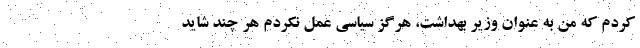
کردم که من به عنوان وزیر بهداشت، هرگز سیاسی عمل نکردم هر چند شاید